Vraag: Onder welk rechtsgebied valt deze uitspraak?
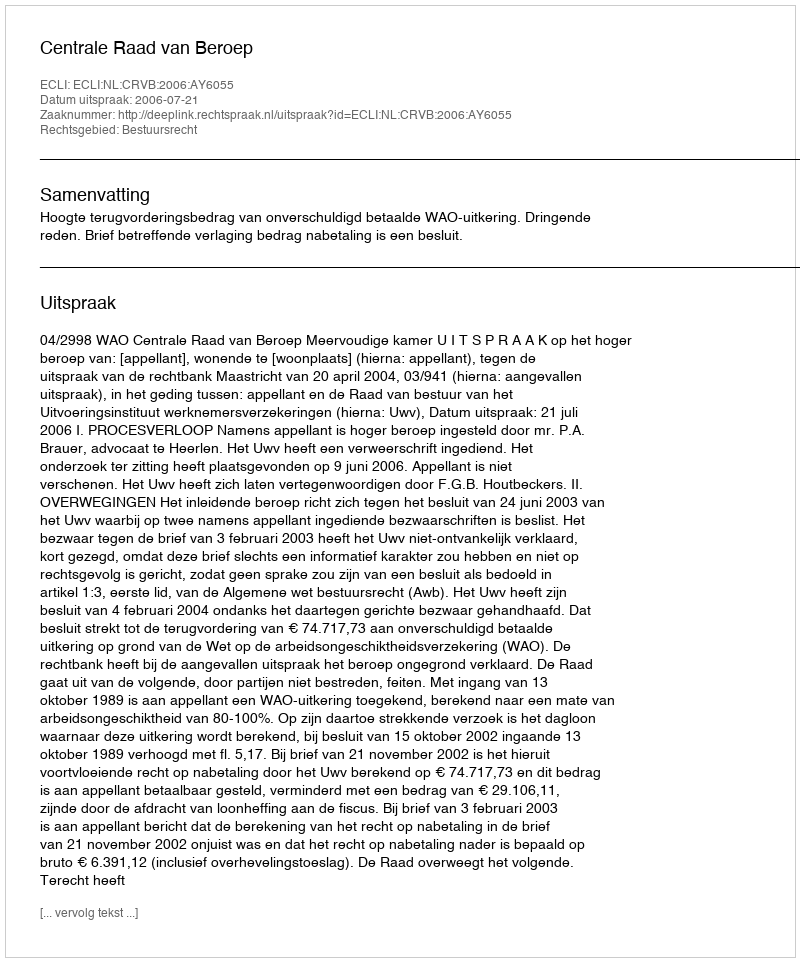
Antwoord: Bestuursrecht